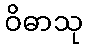
ဝိဓာသု